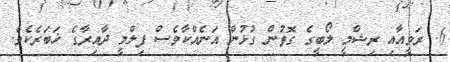
6. ރަވީއާއި ރިޝްމީ ލޯބީގެ ގޮތުން ގުޅުން އަނެއްކާވެސް ފިލްމީ ދާއިރާގެ ޚަބަރެކެވެ.